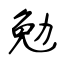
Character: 勉